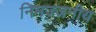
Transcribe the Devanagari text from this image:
निमज्जनीय